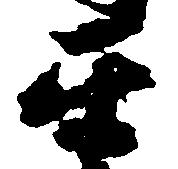
互